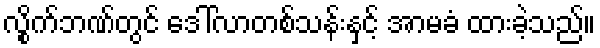
လွိုက်ဘဏ်တွင် ဒေါ်လာတစ်သန်းနှင့် အာမခံ ထားခဲ့သည်။